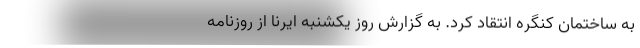
به ساختمان کنگره انتقاد کرد. به گزارش روز یکشنبه ایرنا از روزنامه